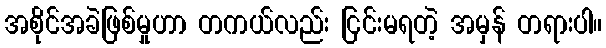
အစိုင်အခဲဖြစ်မှုဟာ တကယ်လည်း ငြင်းမရတဲ့ အမှန် တရားပါ။